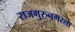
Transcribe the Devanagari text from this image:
राजगुरुनगरला